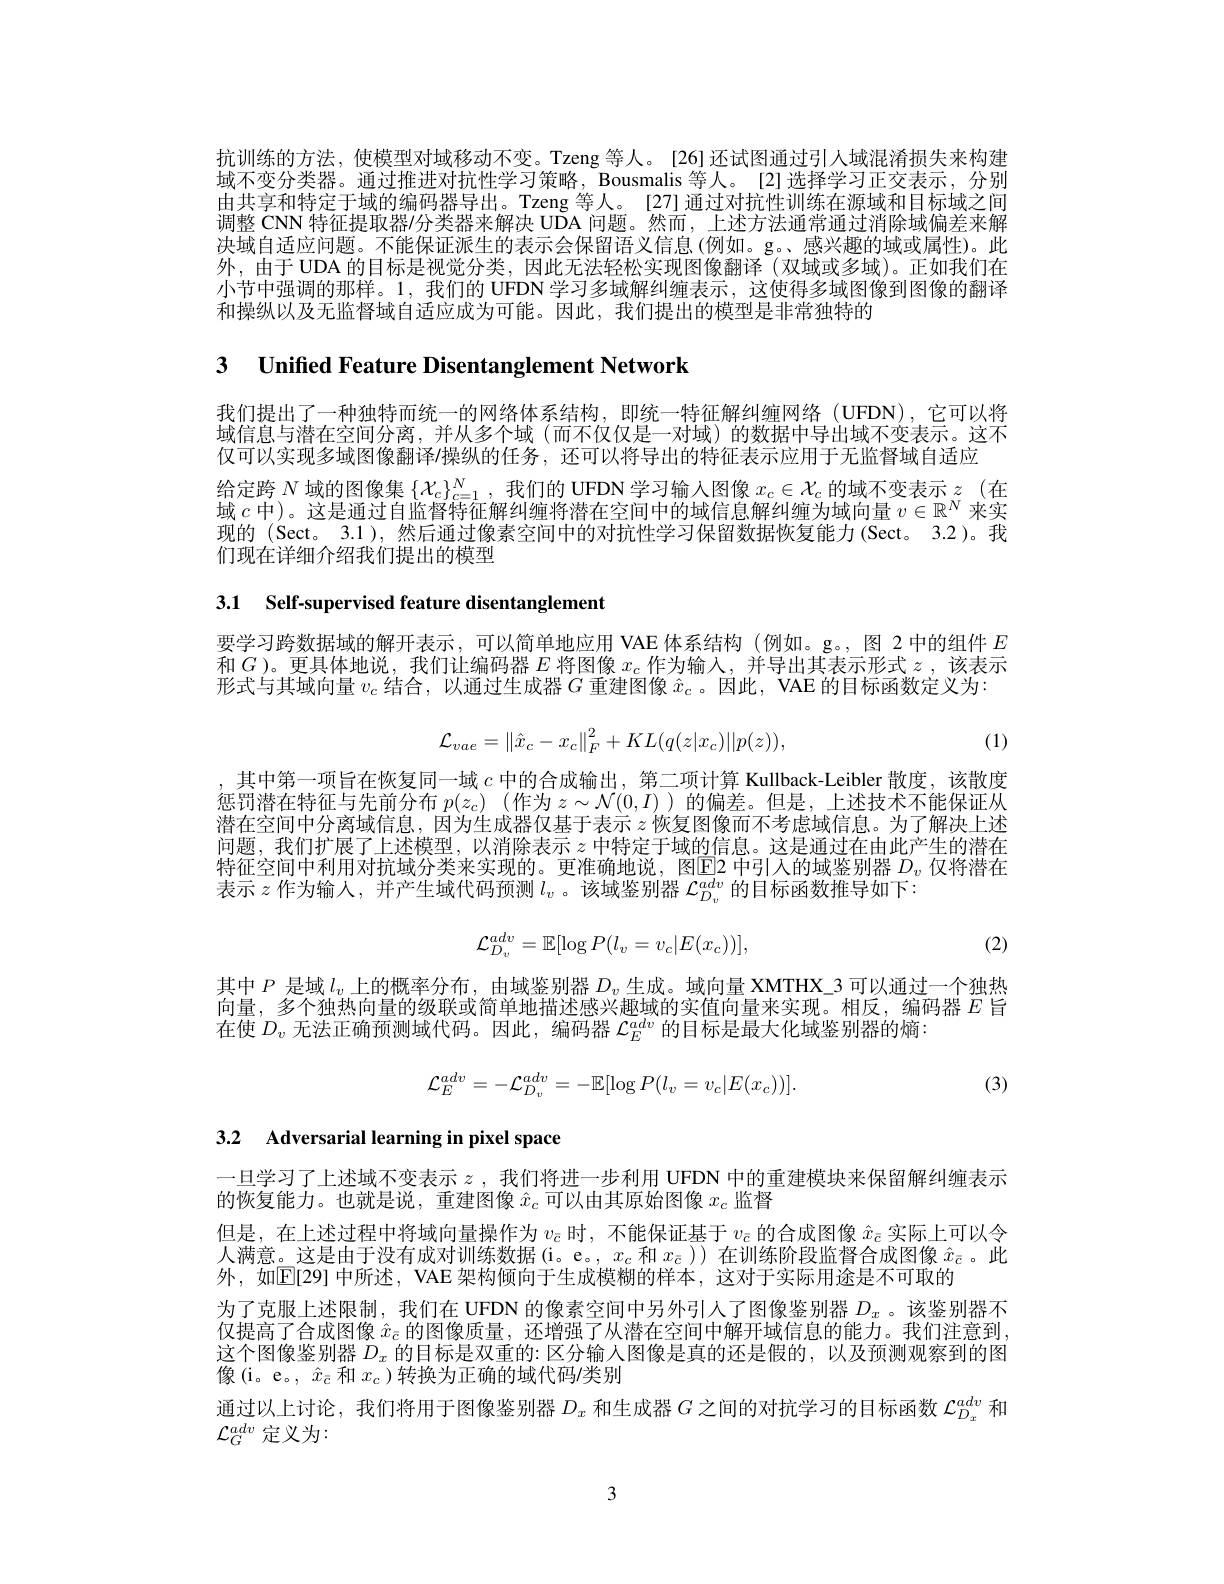
抗训练的方法，使模型对域移动不变。Tzeng 等人。[26]还试图通过引人域混淆损失来构建域不变分类器。通过推进对抗性学习策略，Bousmalis 等人。[2]选择学习正交表示，分别由共享和特定于域的编码器导出。Tzeng 等人。[27]通过对抗性训练在源域和目标域之间调整 CNN 特征提取器$\prime$分类器来解决 UDA 问题。然而，上述方法通常通过消除域偏差来解决域自适应问题。不能保证派生的表示会保留语义信息(例如。g。感兴趣的域或属性)。此外，由于 UDA 的目标是视觉分类，因此无法轻松实现图像翻译 (双域或多域)。正如我们在小节中强调的那样。1,我们的 UFDN 学习多域解纠缠表示，这使得多域图像到图像的翻译和操纵以及无监督域自适应成为可能。因此，我们提出的模型是非常独特的

3 $\textbf{Unified Feature Disentanglement Network}$

我们提出了一种独特而统一的网络体系结构，即统一特征解纠缠网络(UFDN),它可以将域信息与潜在空间分离，并从多个域(而不仅仅是一对域)的数据中导出域不变表示。这不仅可以实现多域图像翻译/操纵的任务，还可以将导出的特征表示应用于无监督域自适应
给定跨$N$域的图像集$\{\mathcal{X}_c\}_c=1^N$,我们的 UFDN 学习输人图像$x_c\in\mathcal{X}_c$的域不变表示$z$ (在域$c$中)。这是通过自监督特征解纠缠将潜在空间中的域信息解纠缠为域向量$v\in\mathbb{R}^N$来实现的(Sect。3.1),然后通过像素空间中的对抗性学习保留数据恢复能力(Sect。3.2)。我们现在详细介绍我们提出的模型

3.1 Self-supervised feature disentanglement

要学习跨数据域的解开表示，可以简单地应用 VAE 体系结构 (例如。g。,图 2 中的组件$E$ 和$G$ )。更具体地说，我们让编码器$E$将图像$x_c$作为输入，并导出其表示形式$z$,该表示形式与其域向量$v_c$结合，以通过生成器$G$重建图像$\hat{x}_c$ 。因此，VAE 的目标函数定义为：
$$\mathcal{L}_{vae}=\left\|\hat{x}_{c}-x_{c}\right\|_{F}^{2}+KL(q(z|x_{c})||p(z)),$$
(1)

,其中第一项旨在恢复同一域$c$中的合成输出，第二项计算 Kullback-Leibler 散度，该散度惩罚潜在特征与先前分布$p( z_c)$ (作为$z\sim\mathcal{N}(0,I))$的偏差。但是，上述技术不能保证从潜在空间中分离域信息，因为生成器仅基于表示$z$恢复图像而不考虑域信息。为了解决上述问题，我们扩展了上述模型，以消除表示$z$中特定于域的信息。这是通过在由此产生的潜在特征空间中利用对抗域分类来实现的。更准确地说，图$\underline{\text{E2 中引人的域鉴别器 }D_v}$ 仅将潜在表示$z$作为输人，并产生域代码预测$l_v$ 。该域鉴别器$\mathcal{L}_D_v^{adv}$的目标函数推导如下：

(2)
$$\mathcal{L}_{D_v}^{adv}=\mathbb{E}[\log P(l_v=v_c|E(x_c))],$$
其中$P$是域$l_v$上的概率分布，由域鉴别器$D_v$生成。域向量 XMTHX\_3 可以通过一个独热向量，多个独热向量的级联或简单地描述感兴趣域的实值向量来实现。相反，编码器$E$旨在使$D_v$无法正确预测域代码。因此，编码器$\mathcal{L}_E^{adv}$的目标是最大化域鉴别器的熵：
$$\mathcal{L}_{E}^{adv}=-\mathcal{L}_{D_{v}}^{adv}=-\mathbb{E}[\log P(l_{v}=v_{c}|E(x_{c}))].$$
(3)

## 3.2 Adversarial learning in pixel space

一旦学习了上述域不变表示$z$ ,我们将进一步利用 UFDN 中的重建模块来保留解纠缠表示
的恢复能力。也就是说，重建图像$\hat{x}_c$可以由其原始图像$x_c$监督
但是，在上述过程中将域向量操作为$v_\bar{c}$时，不能保证基于$v_\bar{c}$的合成图像$\hat{x}_\bar{c}$实际上可以令人满意。这是由于没有成对训练数据(i。e。,$x_c$和$x_{\bar{c}}$ )) 在训练阶段监督合成图像$\hat{x}_{\bar{c}}$。此外，如$\mathbb{E}[29]$ 中所述，VAE 架构倾向于生成模糊的样本，这对于实际用途是不可取的
为了克服上述限制，我们在 UFDN 的像素空间中另外引人了图像鉴别器$D_x$ 。该鉴别器不仅提高了合成图像$\hat{x}_{\bar{c}}$的图像质量，还增强了从潜在空间中解开域信息的能力。我们注意到这个图像鉴别器$D_x$的目标是双重的：区分输入图像是真的还是假的，以及预测观察到的图像(i。e。, $\hat{x}_{\bar{c}}$和$x_c$ )转换为正确的域代码/类别
通过以上讨论，我们将用于图像鉴别器$D_x$和生成器$G$之间的对抗学习的目标函数$\mathcal{L}_D_x^{adv}$和
$\mathcal{L}_G^{adv}$定义为：

3